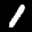
Label: 1